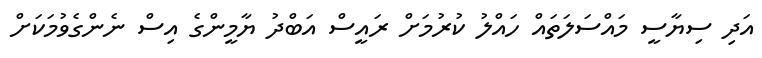
އަދި ސިޔާސީ މައްސަލަތައް ހައްލު ކުރުމަށް ރައީސް އަބްދު ޔާމީންގެ އިސް ނެންގެވުމަކަށް